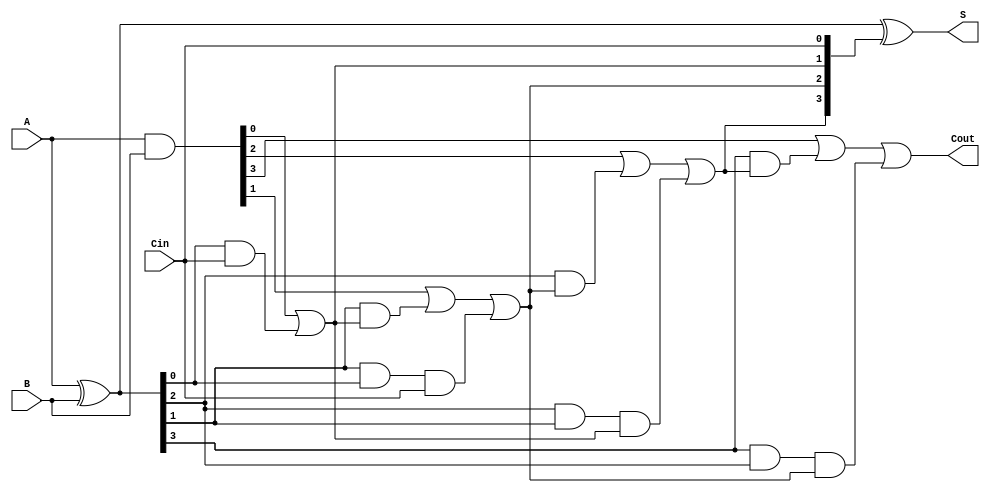
module CarryLookaheadAdder #(
    parameter N = 4 // You can change N for different bit-widths
) (
    input  [N-1:0] A,   // First n-bit binary number
    input  [N-1:0] B,   // Second n-bit binary number
    input          Cin,  // Carry-in bit
    output [N-1:0] S,    // n-bit sum output
    output         Cout   // Carry-out bit
);

    wire [N-1:0] G; // Generate signals
    wire [N-1:0] P; // Propagate signals
    wire [N:0] C;   // Carry signals, C[0] = Cin

    // Generate and Propagate calculations
    assign G = A & B;           // G[i] = A[i] & B[i]
    assign P = A ^ B;           // P[i] = A[i] ^ B[i]

    // Carry calculations
    assign C[0] = Cin; // C[0] = Cin

    // Generate carry signals using lookahead logic
    genvar i;
    generate
        for (i = 0; i < N; i = i + 1) begin : carry_calc
            if (i == 0) begin
                assign C[i + 1] = G[i] | (P[i] & C[i]);
            end else begin
                assign C[i + 1] = G[i] | (P[i] & C[i]) | (P[i] & P[i-1] & C[i-1]);
            end
        end
    endgenerate

    // Sum calculations
    assign S = P ^ C[N-1:0]; // S[i] = P[i] ^ C[i]

    // Final carry-out
    assign Cout = C[N];

endmodule